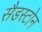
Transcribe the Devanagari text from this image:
सैडस्टोन